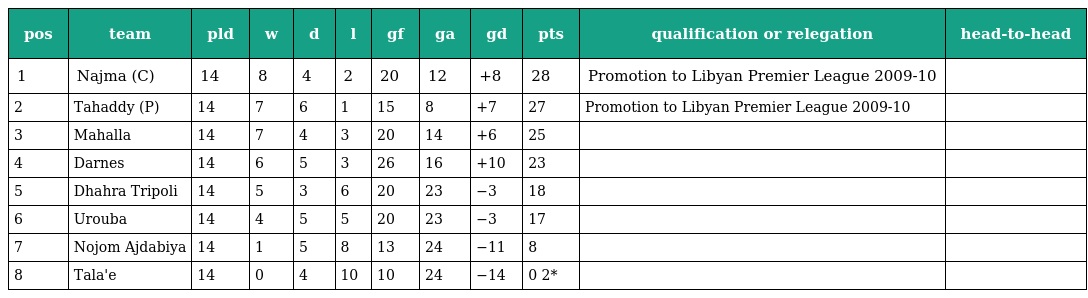
| pos | team | pld | w | d | l | gf | ga | gd | pts | qualification or relegation | head-to-head |
 | --- | --- | --- | --- | --- | --- | --- | --- | --- | --- | --- | --- |
 | 1 | Najma (C) | 14 | 8 | 4 | 2 | 20 | 12 | +8 | 28 | Promotion to Libyan Premier League 2009-10 |  |
 | 2 | Tahaddy (P) | 14 | 7 | 6 | 1 | 15 | 8 | +7 | 27 | Promotion to Libyan Premier League 2009-10 |  |
 | 3 | Mahalla | 14 | 7 | 4 | 3 | 20 | 14 | +6 | 25 |  |  |
 | 4 | Darnes | 14 | 6 | 5 | 3 | 26 | 16 | +10 | 23 |  |  |
 | 5 | Dhahra Tripoli | 14 | 5 | 3 | 6 | 20 | 23 | −3 | 18 |  |  |
 | 6 | Urouba | 14 | 4 | 5 | 5 | 20 | 23 | −3 | 17 |  |  |
 | 7 | Nojom Ajdabiya | 14 | 1 | 5 | 8 | 13 | 24 | −11 | 8 |  |  |
 | 8 | Tala'e | 14 | 0 | 4 | 10 | 10 | 24 | −14 | 0 2* |  |  |